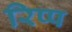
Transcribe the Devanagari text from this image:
रिप्प